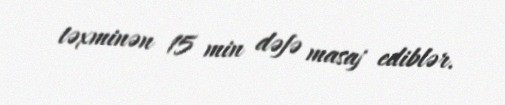
təxminən 15 min dəfə masaj ediblər.